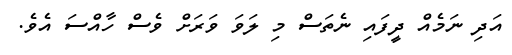
އަދި ނަމެއް ދީފައި ނެތަސް މި ލަވަ ވަރަށް ވެސް ހާއްސަ އެވެ.